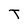
Character: T